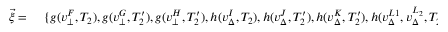
\begin{array} { r l } { \vec { \xi } = \ } & { { } \{ g ( v _ { \bot } ^ { F } , T _ { 2 } ) , g ( v _ { \bot } ^ { G } , T _ { 2 } ^ { \prime } ) , g ( v _ { \bot } ^ { H } , T _ { 2 } ^ { \prime } ) , h ( v _ { \Delta } ^ { I } , T _ { 2 } ) , h ( v _ { \Delta } ^ { J } , T _ { 2 } ^ { \prime } ) , h ( v _ { \Delta } ^ { K } , T _ { 2 } ^ { \prime } ) , h ( v _ { \Delta } ^ { L 1 } , v _ { \Delta } ^ { L _ { 2 } } , T _ { 2 } ^ { \prime } , T _ { 2 } ) , } \end{array}